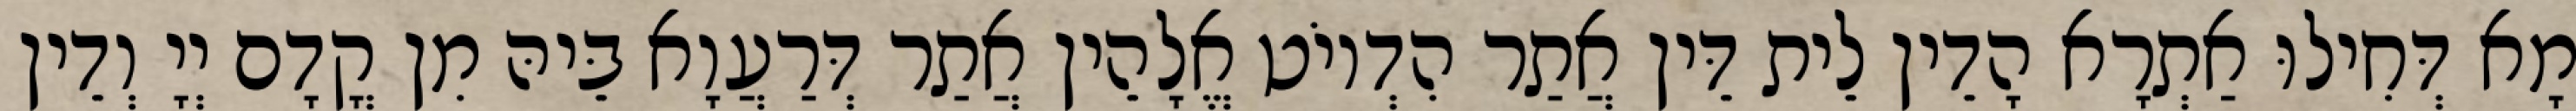
מָא דְּחִילוּ אַתְרָא הָדֵין לֵית דֵּין אֲתַר הִדְיוֹט אֱלָהֵין אֲתַר דְּרַעֲוָא בֵּיהּ מִן קֳדָם יְיָ וְדֵין